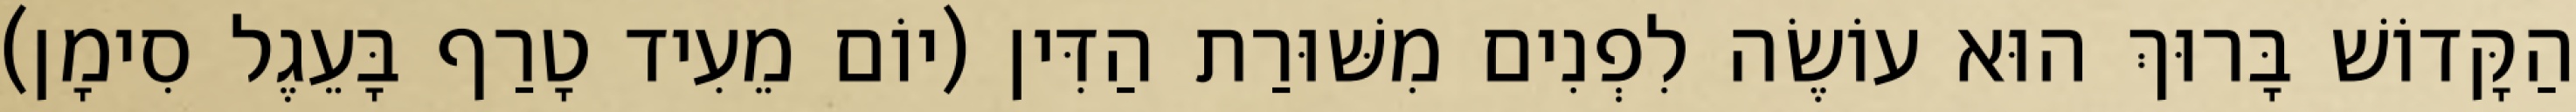
הַקָּדוֹשׁ בָּרוּךְ הוּא עוֹשֶׂה לִפְנִים מִשּׁוּרַת הַדִּין (יוֹם מֵעִיד טָרַף בָּעֵגֶל סִימָן)